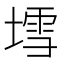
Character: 𡐅